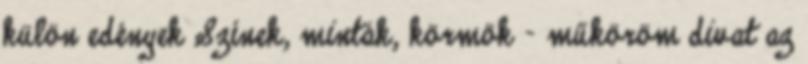
külön edények Színek, minták, körmök - műköröm divat az